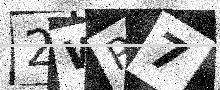
Text: 2WR7